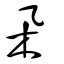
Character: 朵